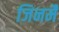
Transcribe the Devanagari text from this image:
जिनमैं